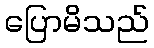
ပြောမိသည်